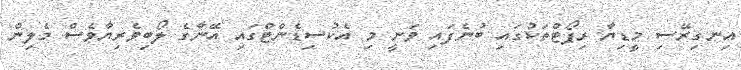
އިނގިރޭސި މީޑިޔާ ރިޕޯޓްތަކުގައި ބުނެފައި ވަނީ މި އެކުސިޑެންޓްގައި އޭނާގެ ލޯބިވެރިޔާވެސް މެލިން